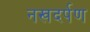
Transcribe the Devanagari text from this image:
नखदर्पण